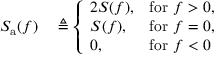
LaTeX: \begin{array} { r l } { S _ { \mathrm { a } } ( f ) } & { { } \triangleq { \left\{ \begin{array} { l l } { 2 S ( f ) , } & { { \mathrm { f o r } } \ f > 0 , } \\ { S ( f ) , } & { { \mathrm { f o r } } \ f = 0 , } \\ { 0 , } & { { \mathrm { f o r } } \ f < 0 } \end{array} \right. } } \end{array}